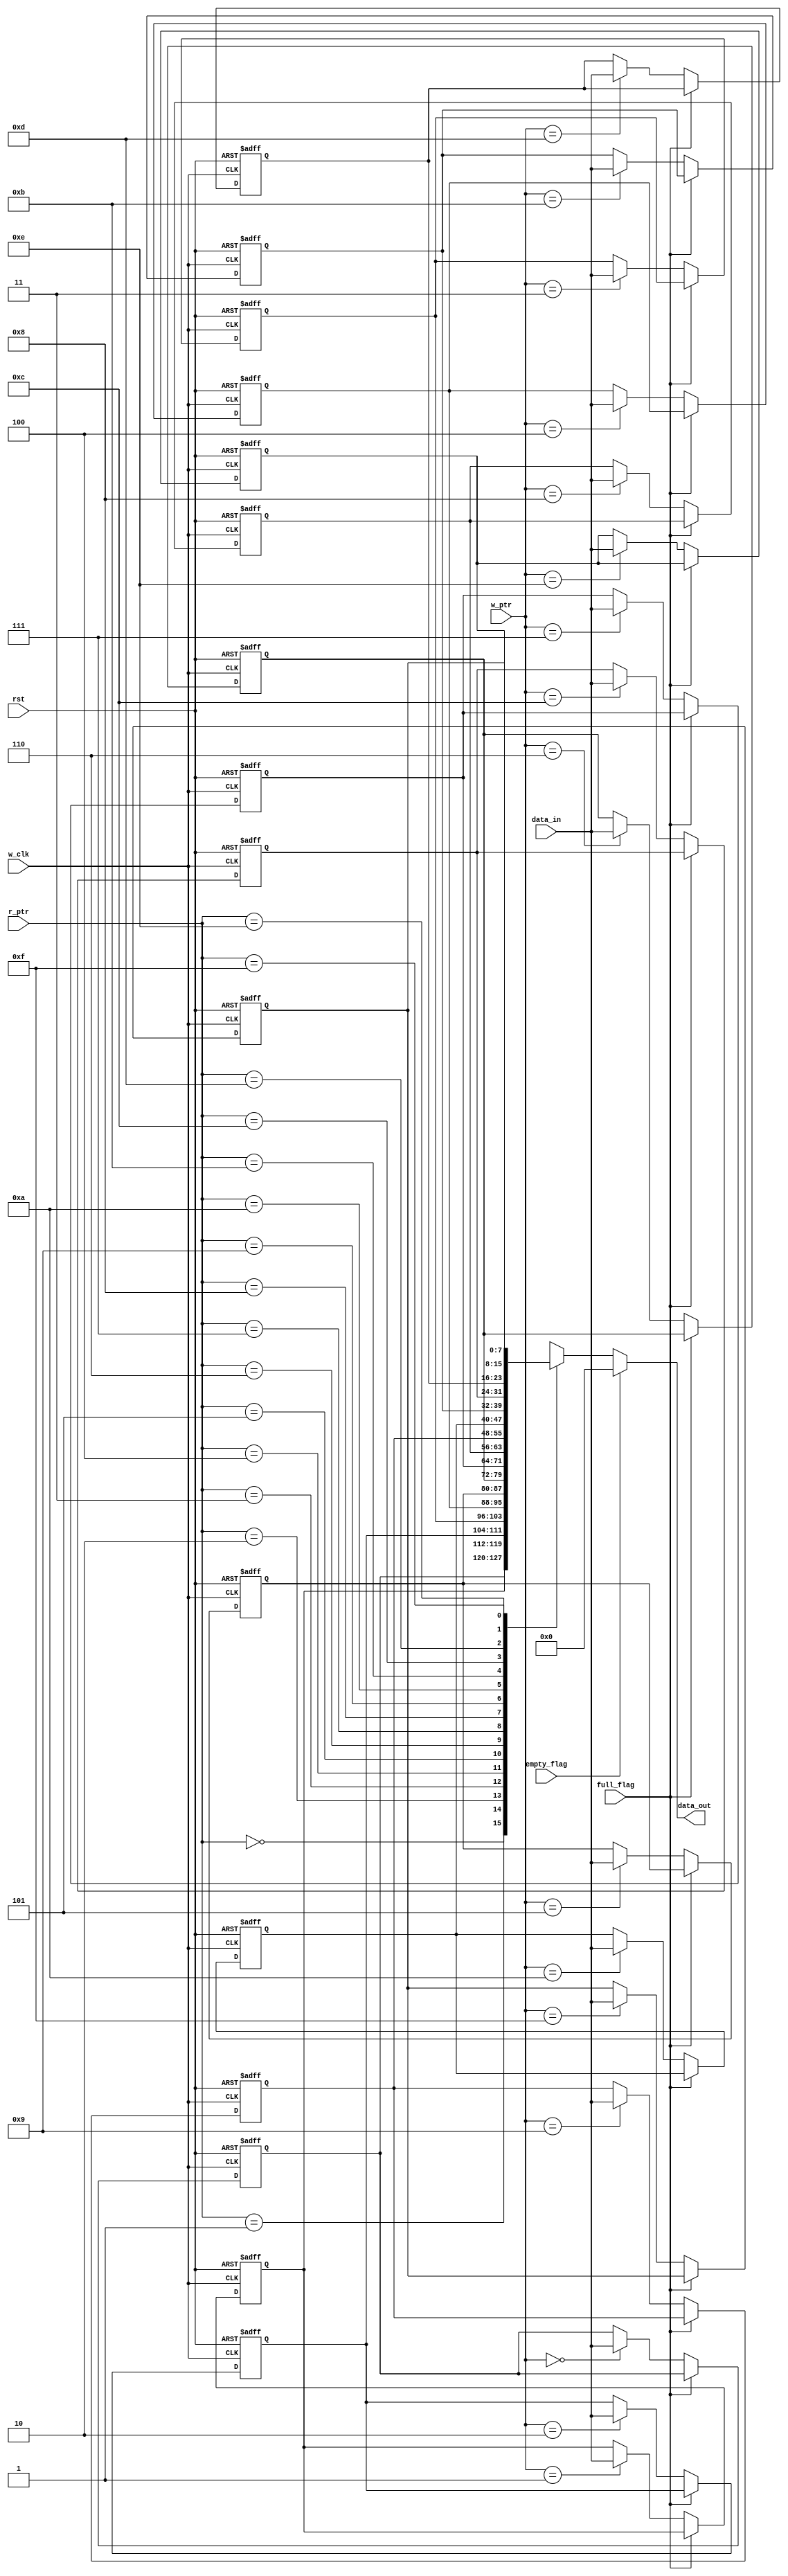
module queue (
    input wire       w_clk,
    input wire       rst,
    input wire [3:0] w_ptr,
    input wire [3:0] r_ptr,
    input wire [7:0] data_in,
    input wire       full_flag,
    input wire       empty_flag,
    output reg [7:0] data_out
);

reg [7:0] que [0:15];
integer i;

always @(posedge w_clk or negedge rst) 
    begin
        if (!rst) 
            begin
                for (i = 0;i<16 ;i=i+1 ) 
                    begin
                        que[i]<=8'b0;
                    end    
            end
        else
            begin
                if (!full_flag) 
                    begin
                        que[w_ptr]<=data_in;
                    end
            end
    end

always @(*) 
    begin
        if (!empty_flag) 
            begin
                data_out=que[r_ptr];    
            end
        else
            begin
                data_out=8'b0;
            end
    end


endmodule